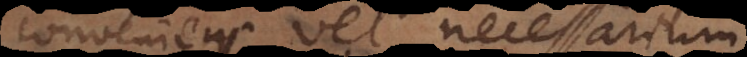
conveniens vel necessarium